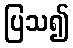
ပြသ၍